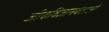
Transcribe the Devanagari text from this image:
जीवविज्ञानवेताओं